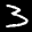
Label: 3